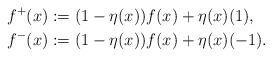
LaTeX: \begin{align*} f^+(x) &:= (1-\eta(x)) f(x) + \eta(x)(1), \\ f^-(x) &:= (1-\eta(x)) f(x) + \eta(x)(-1). \end{align*}